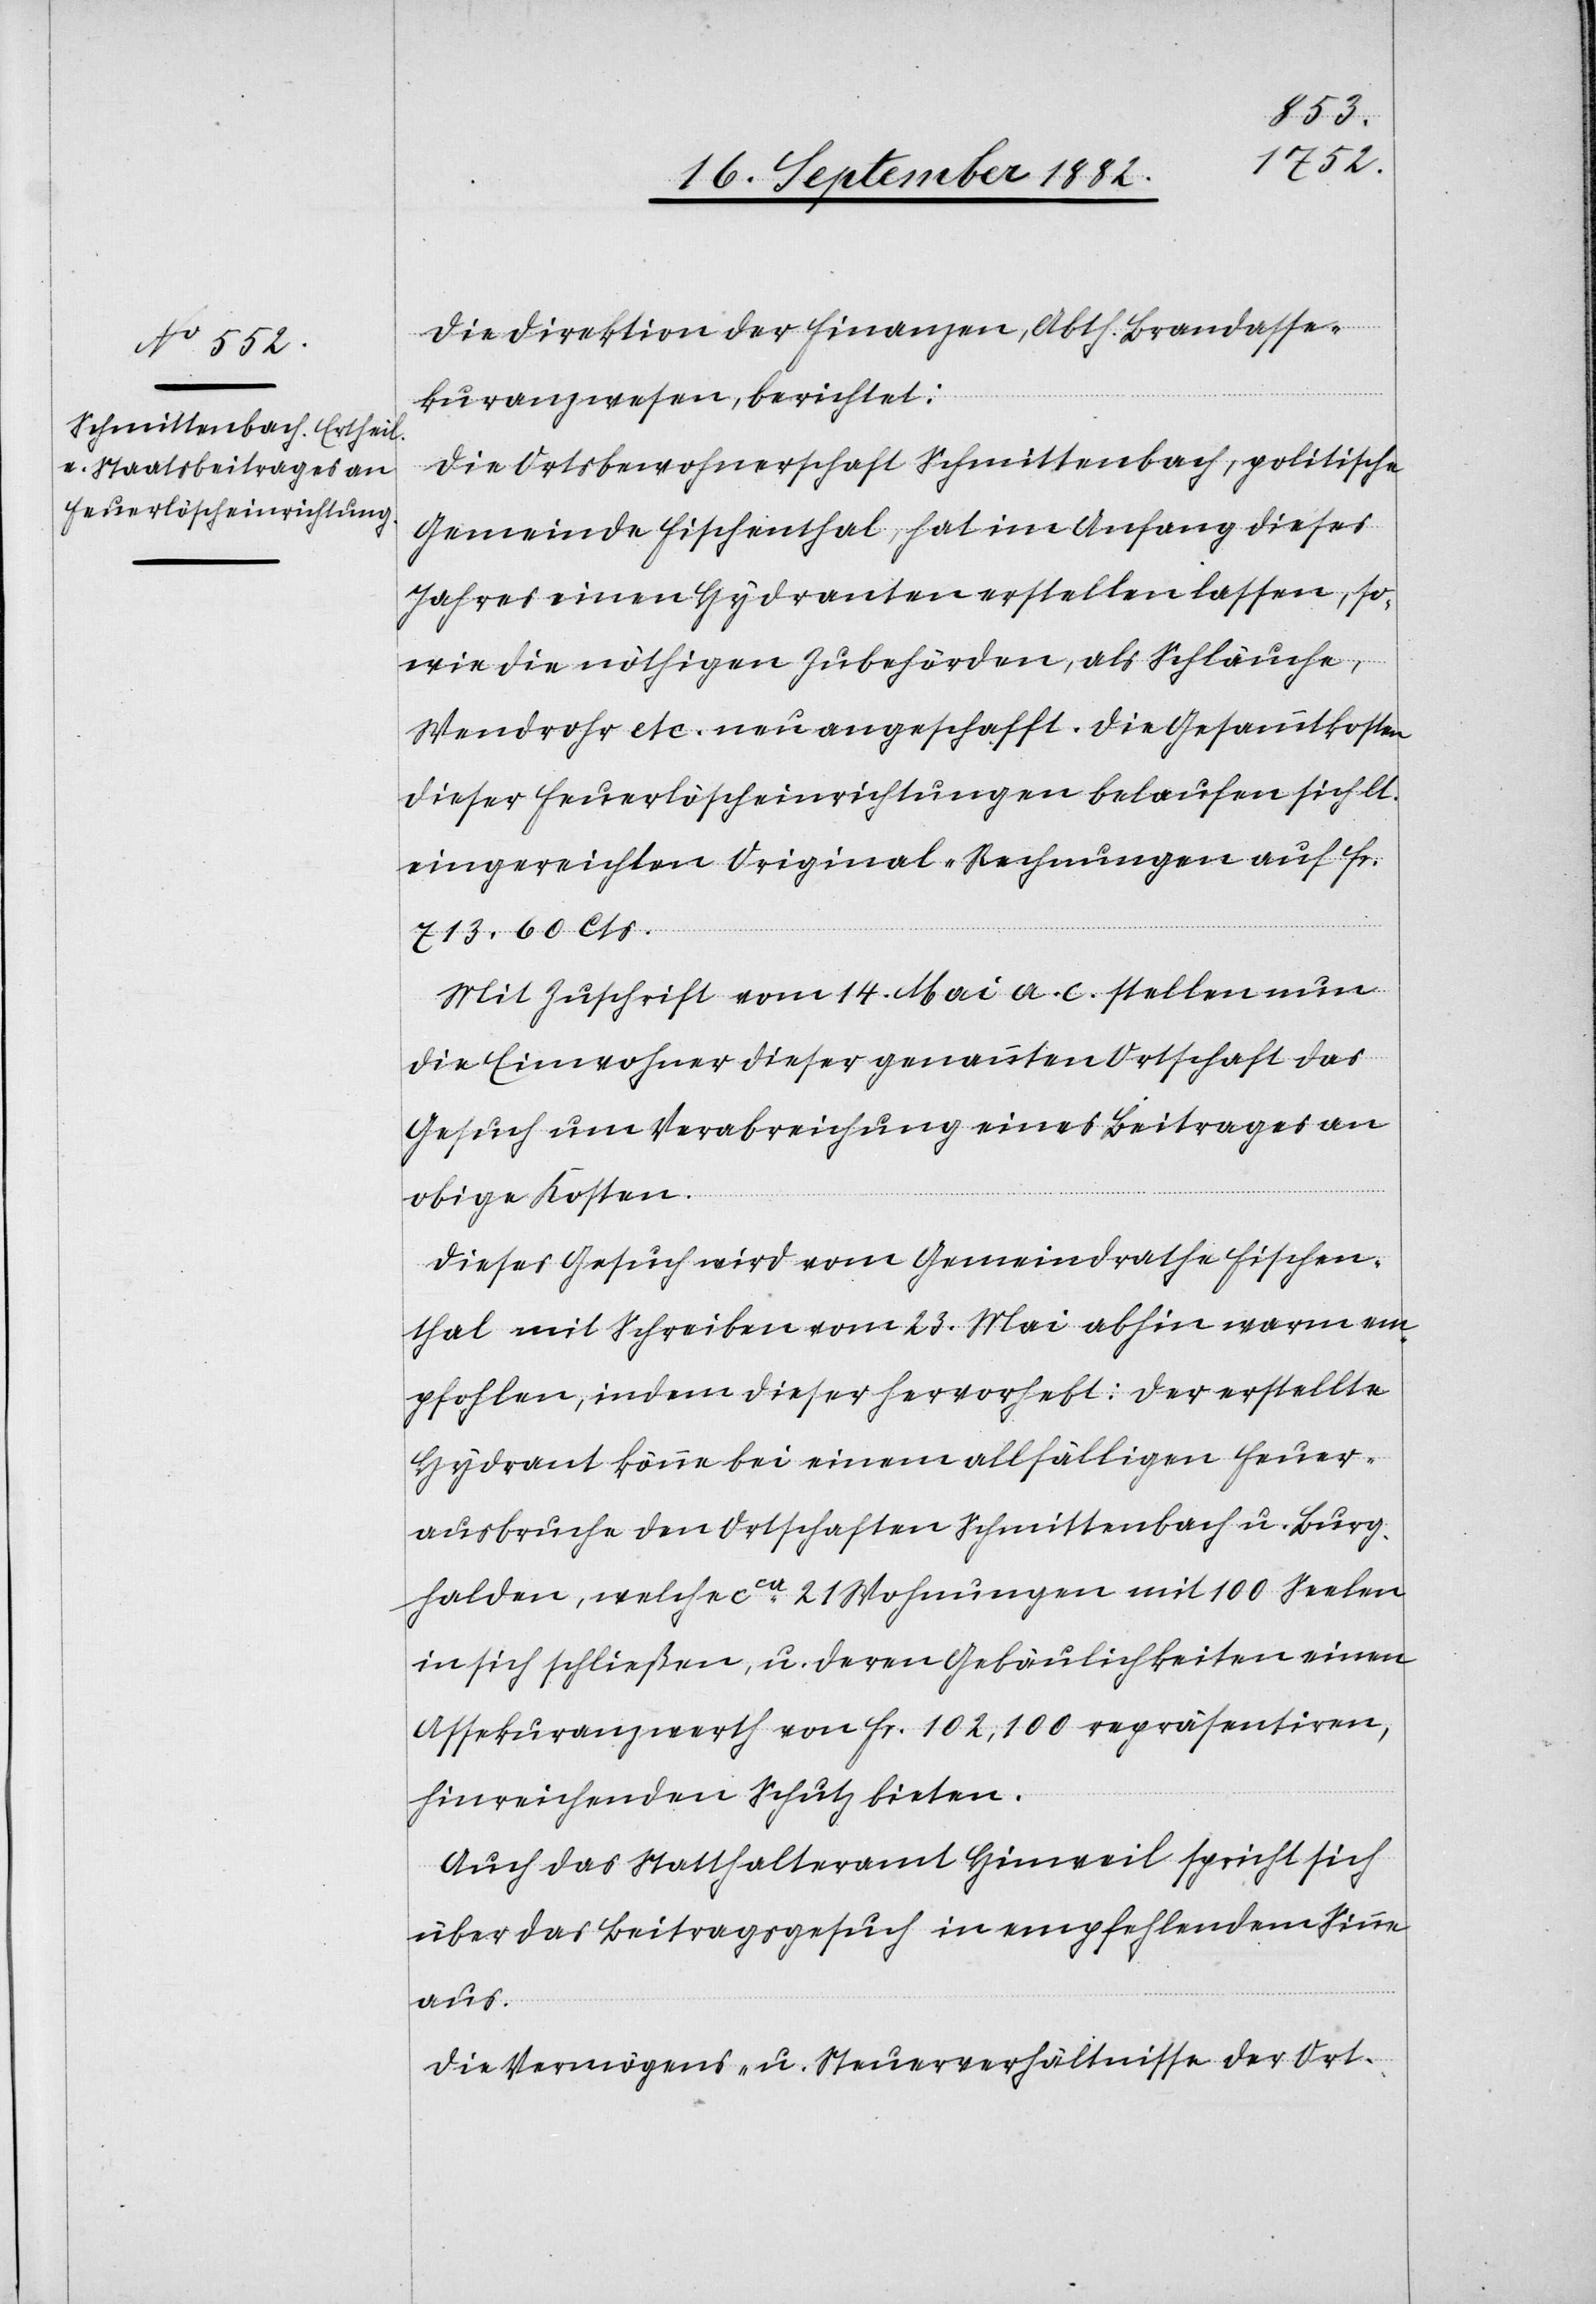
Die Direktion der Finanzen, Abth. Brandasse¬
kuranzwesen, berichtet:
Die Ortsbewohnerschaft Schmittenbach, politische
Gemeinde Fischenthal, hat im Anfang dieses
Jahres einen Hydranten erstellen lassen, so¬
wie die nöthigen Zubehörden, als Schläuche,
Wendrohr etc. neu angeschafft. Die Gesammtkosten
dieser Feuerlöscheinrichtungen belaufen sich lt.
eingereichten Original-Rechnungen auf F¬
r.
713. 60 Cts.
Mit Zuschrift vom 14. Mai a. c. stellen nun
die Einwohner dieser genannten Ortschaft das
Gesuch um Verabreichung eines Beitrages an
obige Kosten.
Dieses Gesuch wird vom Gemeindrathe Fischen¬
thal mit Schreiben vom 23. Mai abhin warm em¬
pfohlen, indem dieser hervorhebt: Der erstellte
Hydrant könne bei einem allfälligen Feuer¬
ausbruche den Ortschaften Schmittenbach u. Burg¬
halden, welche ca 21 Wohnungen mit 100 Seelen
in sich schließen, u. deren Gebäulichkeiten einen
Assekuranzwerth von Fr. 102,100 repräsentiren,
hinreichend Schutz bieten.
Auch das Statthalteramt Hinweil spricht sich
über das Beitragsgesuch in empfehlendem Sinne
aus.
Die Vermögen- u. Steuerverhältnisse der Ort-